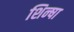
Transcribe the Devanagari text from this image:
शिन्षा